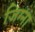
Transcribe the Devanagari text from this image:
जिग्ना